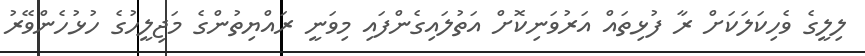
ލިލީގެ ވެހިކަލަކަށް ރާ ފުޅިތައް އަރުވަނިކޮށް އަތުލައިގެންފައި މިވަނީ ރައްޔިތުންގެ މަޖިލީހުގެ ހުޅުހެންވޭރު